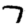
Digit: 7